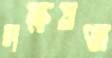
দক্ষযজ্ঞ